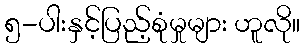
၅-ပါးနှင့်ပြည့်စုံမှုများ ဟူလို။